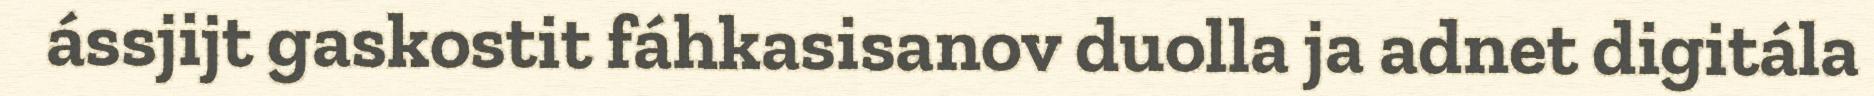
ássjijt gaskostit fáhkasisanov duolla ja adnet digitála